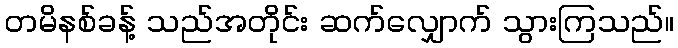
တမိနစ်ခန့် သည်အတိုင်း ဆက်လျှောက် သွားကြသည်။